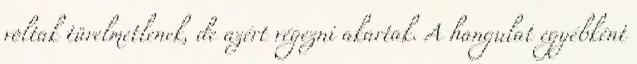
voltak türelmetlenek, de azért végezni akartak. A hangulat egyébként